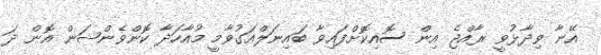
އޭނާ ވިދާޅުވީ ރާއްޖެ އިން ސޮއިކޮށްފައިވާ ބައިނަލްއަގުވާމީ މުއާހަދާ ކޮންވެންޝަން އޮން ދަ